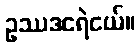
ဥဿဒငရဲငယ်။